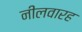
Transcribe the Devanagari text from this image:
नीलवारह